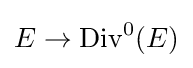
E\to \operatorname {Div} ^{0}(E)